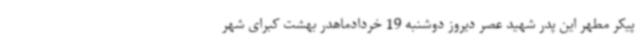
پیکر مطهر این پدر شهید عصر دیروز دوشنبه 19 خردادماهدر بهشت کبرای شهر